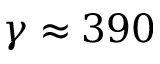
\gamma \approx 3 9 0